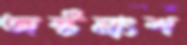
অষ্টমাংশ